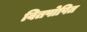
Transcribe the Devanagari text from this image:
वितपोषित